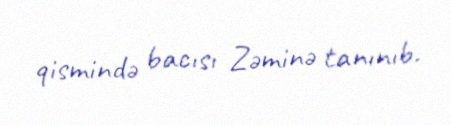
qismində bacısı Zəminə tanınıb.